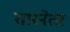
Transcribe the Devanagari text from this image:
तारनेतर